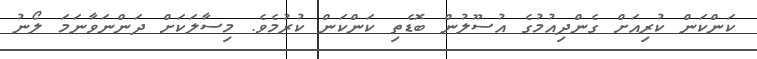
ކަންކަން ކުރިއަށް ގެންދިއުމުގެ އުސޫލުން ބޮޑެތި ކަންކަން ކުރުމެވެ. މިސާލަކަށް ދަންނަވާނަމަ ލޯނު